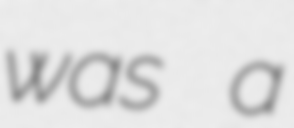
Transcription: was a